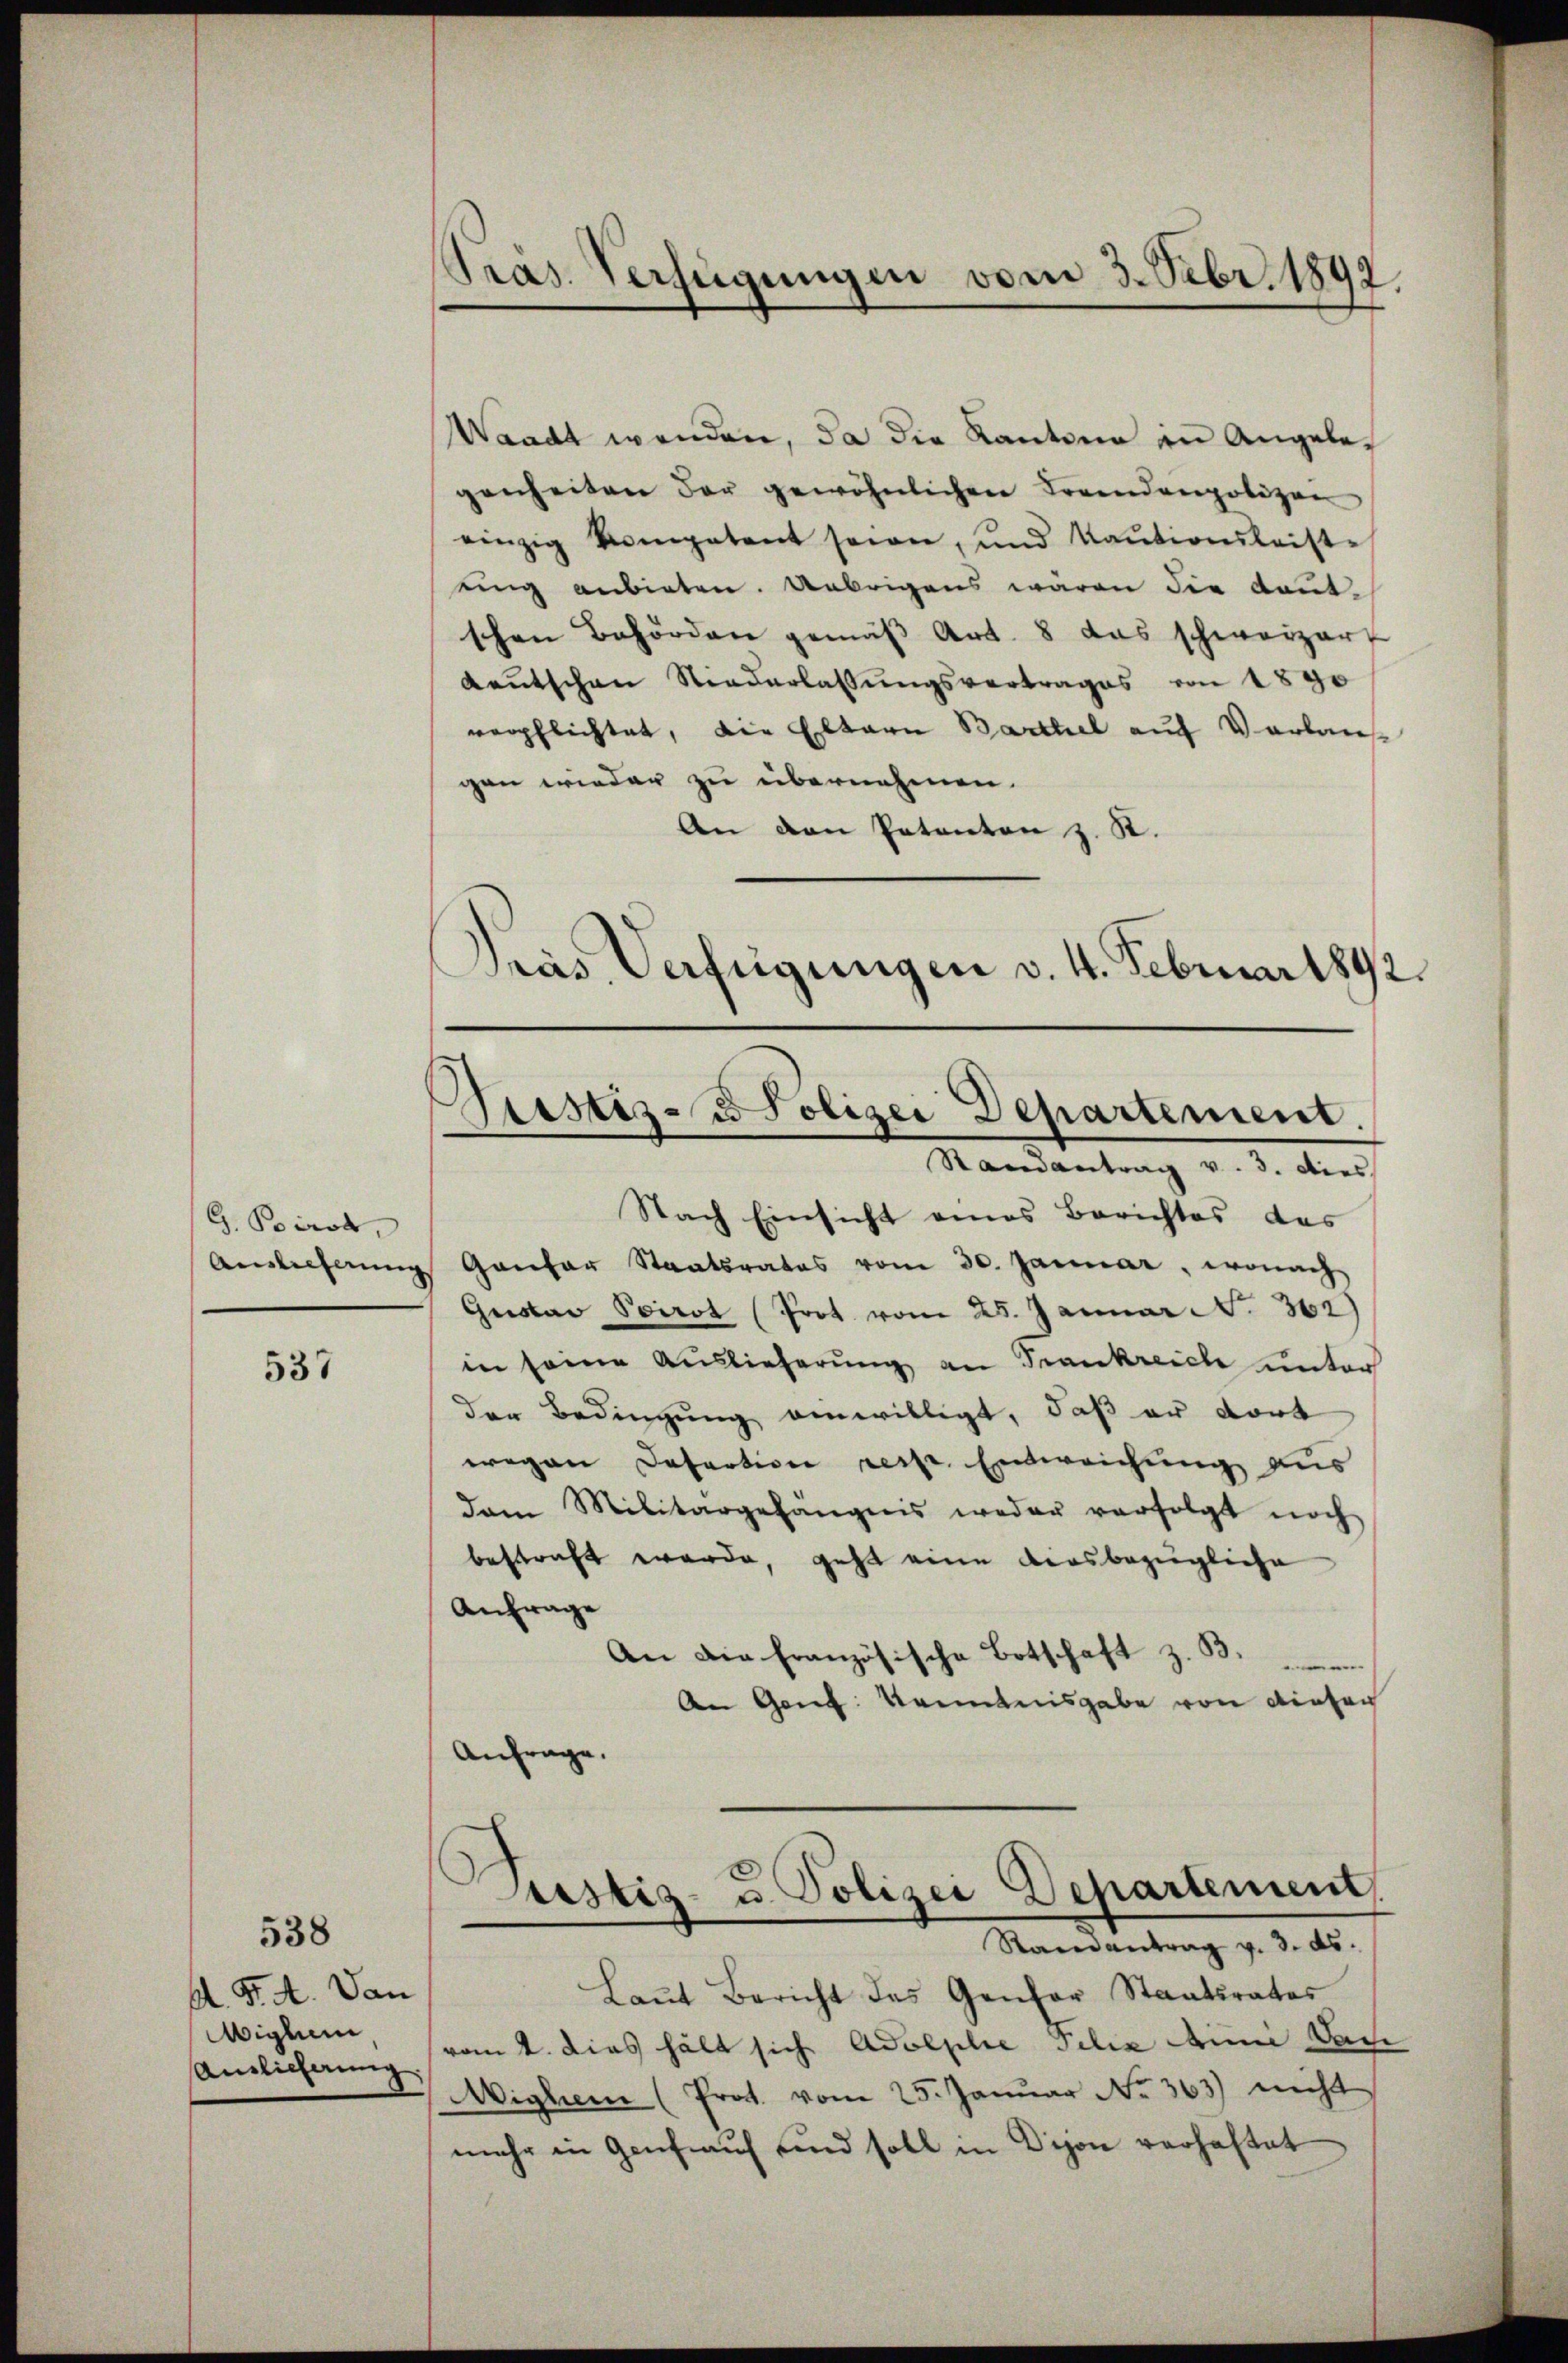
G. Boirod,
Auslieferung

537

A. F. A. Dan
Wiglum
Anslicherung

538

Gras. Verfügungen vom 3. Febr. 1892.

Waadt wenden, da die Kantone in Angelegenheiten der gewöhnlichen Lorendenpolizen
einzig kompetent sein, und Kaŭtionsleiste
ung anbieten. Uebrigens waren die Kont-
schen Behörden gemäß Art. 8 das schweizert
Keŭtschen Niederlassŭngsvertrages von 1890
verpflichtet, die Eltern Barthel auf Verlaus
gen wieder zu übernehmen.
An den Patenten z. R.
Das Verfügungen v. 4. Februar 1892.

Justiz- u Polizei Departement.
Randantrag v. 3. dies

Nach Einsicht eines Berichtes das
Ganfer Staatsrates vom 30. Januar, wonach
Gustav Poirot (Prot. vom 25. Januar N. 362)
in seine Auslieferung an Trankreich unter
der Bedingung einwilligt, daß er dort
wegen Defertion resp. Entweichung aus
dam Militärgefängnis weder verfolgt noch
bestraft wurde, geht eine diesbezügliche
Anfrage
An die französische Botschaft z. B.
An Ganz Kenntnisgabe von diesen
Anfrage.

Testiz- u. Polizei Departement,
Randantrag v. 3. ds.

Baṅt Bericht das Genfer Staatsrates
vom 4. dies hält sich Adolphie Felix Aini Dan
Wighem (Prot. vom 25. Januar No. 363) nicht
mehr in Genf auf und soll in Dison verhaftet